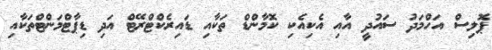
ޕޮލިސް އަހްމަދު ސައުދީ އާއި އެކިއެކި ކޮމާންޑް ތަކާއި ޑައިރެކްޓްރޭޓް އަދި ޑިޕާޓްމަންޓްތަކާއި